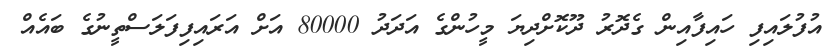
އުފުލައިފި ހައިފާއިން ގެދޮރު ދޫކޮށްދިޔަ މީހުންގެ އަދަދު 80000 އަށް އަރައިފިފަލަސްތީނުގެ ބައެއް